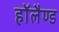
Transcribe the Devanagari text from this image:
हाॅलैण्ड